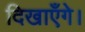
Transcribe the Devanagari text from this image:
दिखाएँगे।